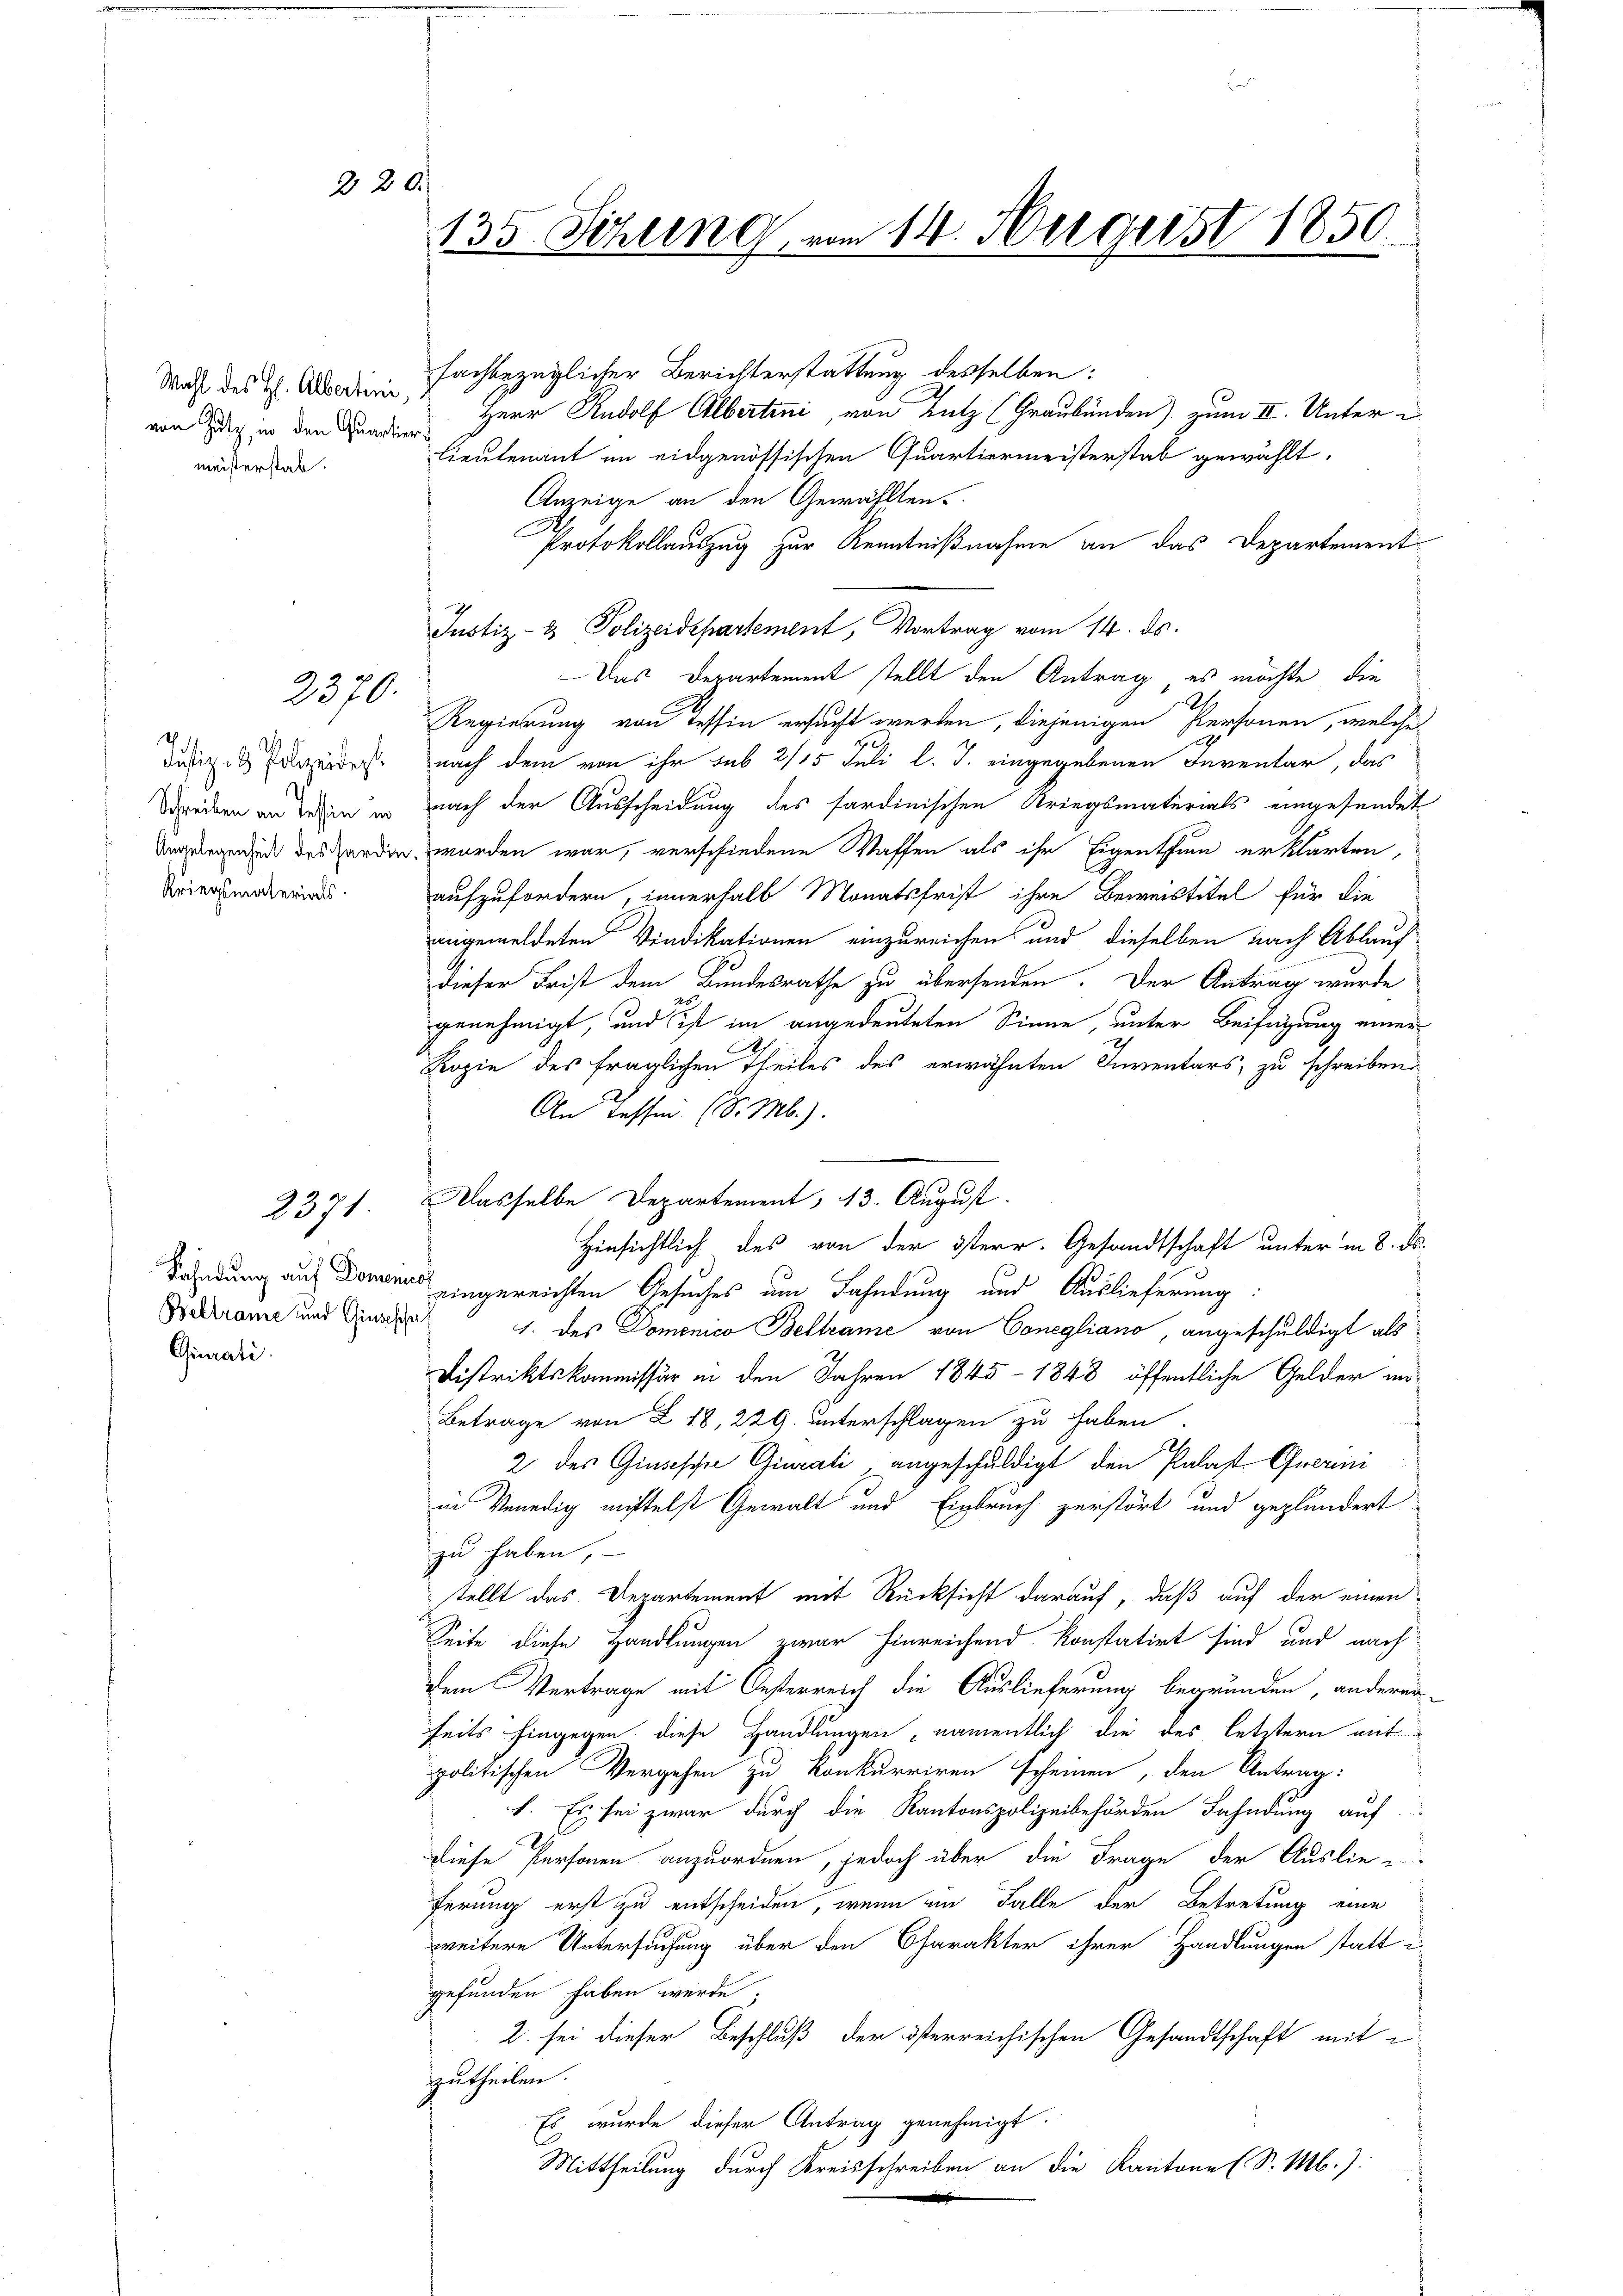
2

Wahl des H. Albertini,
von Zutz, in den Quartier
meisterstab.

2370.

2371

20.

Beltrame und Giusesche
Giurati

135. Sitzung vom 14. August 1850.

fachbezüglicher Berichterstattung desselben:
Herr Rudolf Albertini, von Katz (Graubünden) zum II. Unter¬
Lieutenant im eidgenössischen Quartiermeisterstab gewählt.
Anzeige an den Gewählten.
Protokollauszug zur Kenntnißnahme an das Departement
Justiz- & Polizeidepartement, Vortrag vom 14. ds.
Das Departement stellt den Antrag, es möchte, die
Regierung von Tessin ersucht werden, diejenigen Personen, welche
Disig dareides nach dem von ihr sub 2/15 Juli l. J. eingegebenen Inventar, das
Schreiben an jeden es nach der Ausscheidung des sardinischen Kriegsmaterials eingesendet
Ungungen in des orden worden war, verschiedene Waffen als ihr Eigenthum erklärten,
Kriegsmaterias aufzufordern, innerhalb Monatsfrist ihre Beweistitel für die
angemeldeten Vindikationen einzureichen und dieselben nach Ablauf
dieser Frist dem Bundesrathe zu übersenden. Der Antrag wurde
genehmigt, und ist im angedeuteten Sinne, unter Beifügung einer
Kopie des fraglichen Theiles des erwähnten Inventars, zu schreiben
An Tessin (S. Mb.).
Dasselbe Departement, 13. August.
Hinsichtlich des von der österr. Gesandtschaft unter in 8. ds.
Sähndung auf Donnes eingereichten Gesuches um Bahndung und Auslieferung:
1. des Domenico Beltrame von Conegliano, angeschuldigt als
Distriktskommissär in den Jahren 1845 - 1848 öffentliche Gelder in
Betrage von Z 18, 229. unterschlagen zu haben.
f
2. des Giusische Giurati, angeschuldigt den Palast Querini
in Venedig mittelst Gewalt und Einbruch zerstört und geplundert
zu haben,
stellt das Departement mit Rücksicht darauf, daß auf der einen
Seite diese Handlungen zwar hinreichend konstatirt sind und nach
dem Vertrage mit Oesterreich die Auslieferung begründen, anderen
seits hingegen diese Handlungen namentlich die des letztern mit
politischen Vergehen zu konkurriren scheinen, den Antrag:
I. Es sei zwar durch die Kantonspolizeibehörden Fahndung auf
diese Personen anzuordnen, jedoch über die Frage der Auslie-
ferung erst zu entscheiden, wenn an Falle der Betretung eine
weitere Untersuchung über den Charakter ihrer Handlungen statt
gefunden haben werde;
2. sei dieser Beschluß der österreichischen Gesandtschaft mit
zutheilen.
Es wurde dieser Antrag genehmigt.
Mittheilung durch Kreisschreiben an die Kantone (S. M.).